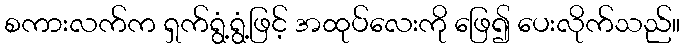
စကားလက်က ရှက်ရွံ့ရွံ့ဖြင့် အထုပ်လေးကို ဖြေ၍ ပေးလိုက်သည်။